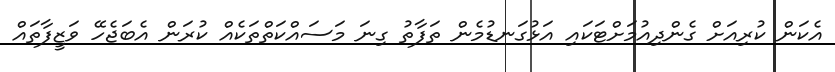
އެކަން ކުރިއަށް ގެންދިއުމަށްޓަކައި އަޅުގަނޑުމެން ތަފާތު ގިނަ މަސައްކަތްތަކެއް ކުރަން އެބަޖެހޭ ވަޒީފާތައް